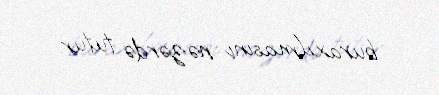
buraxılmasını nəzərdə tutur.